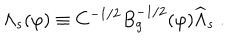
\Lambda _ { s } ( \varphi ) \equiv C ^ { - 1 / 2 } B _ { g } ^ { - 1 / 2 } ( \varphi ) \widehat \Lambda _ { s } \ .